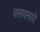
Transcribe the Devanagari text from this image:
वसवनारे